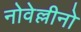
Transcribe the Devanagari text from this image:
नोवेल्लीनो